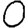
Digit: 0